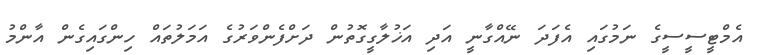
އެމްޓީސީސީގެ ނަމުގައި އެފަދަ ނޭއްގާނީ އަދި އަޚުލާގީގޮތުން ދަށްފެންވަރުގެ އަމަލުތައް ހިންގައިގެން އާންމު